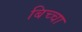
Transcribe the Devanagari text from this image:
बिच्चा